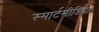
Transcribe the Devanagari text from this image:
स्मार्टमीडिया